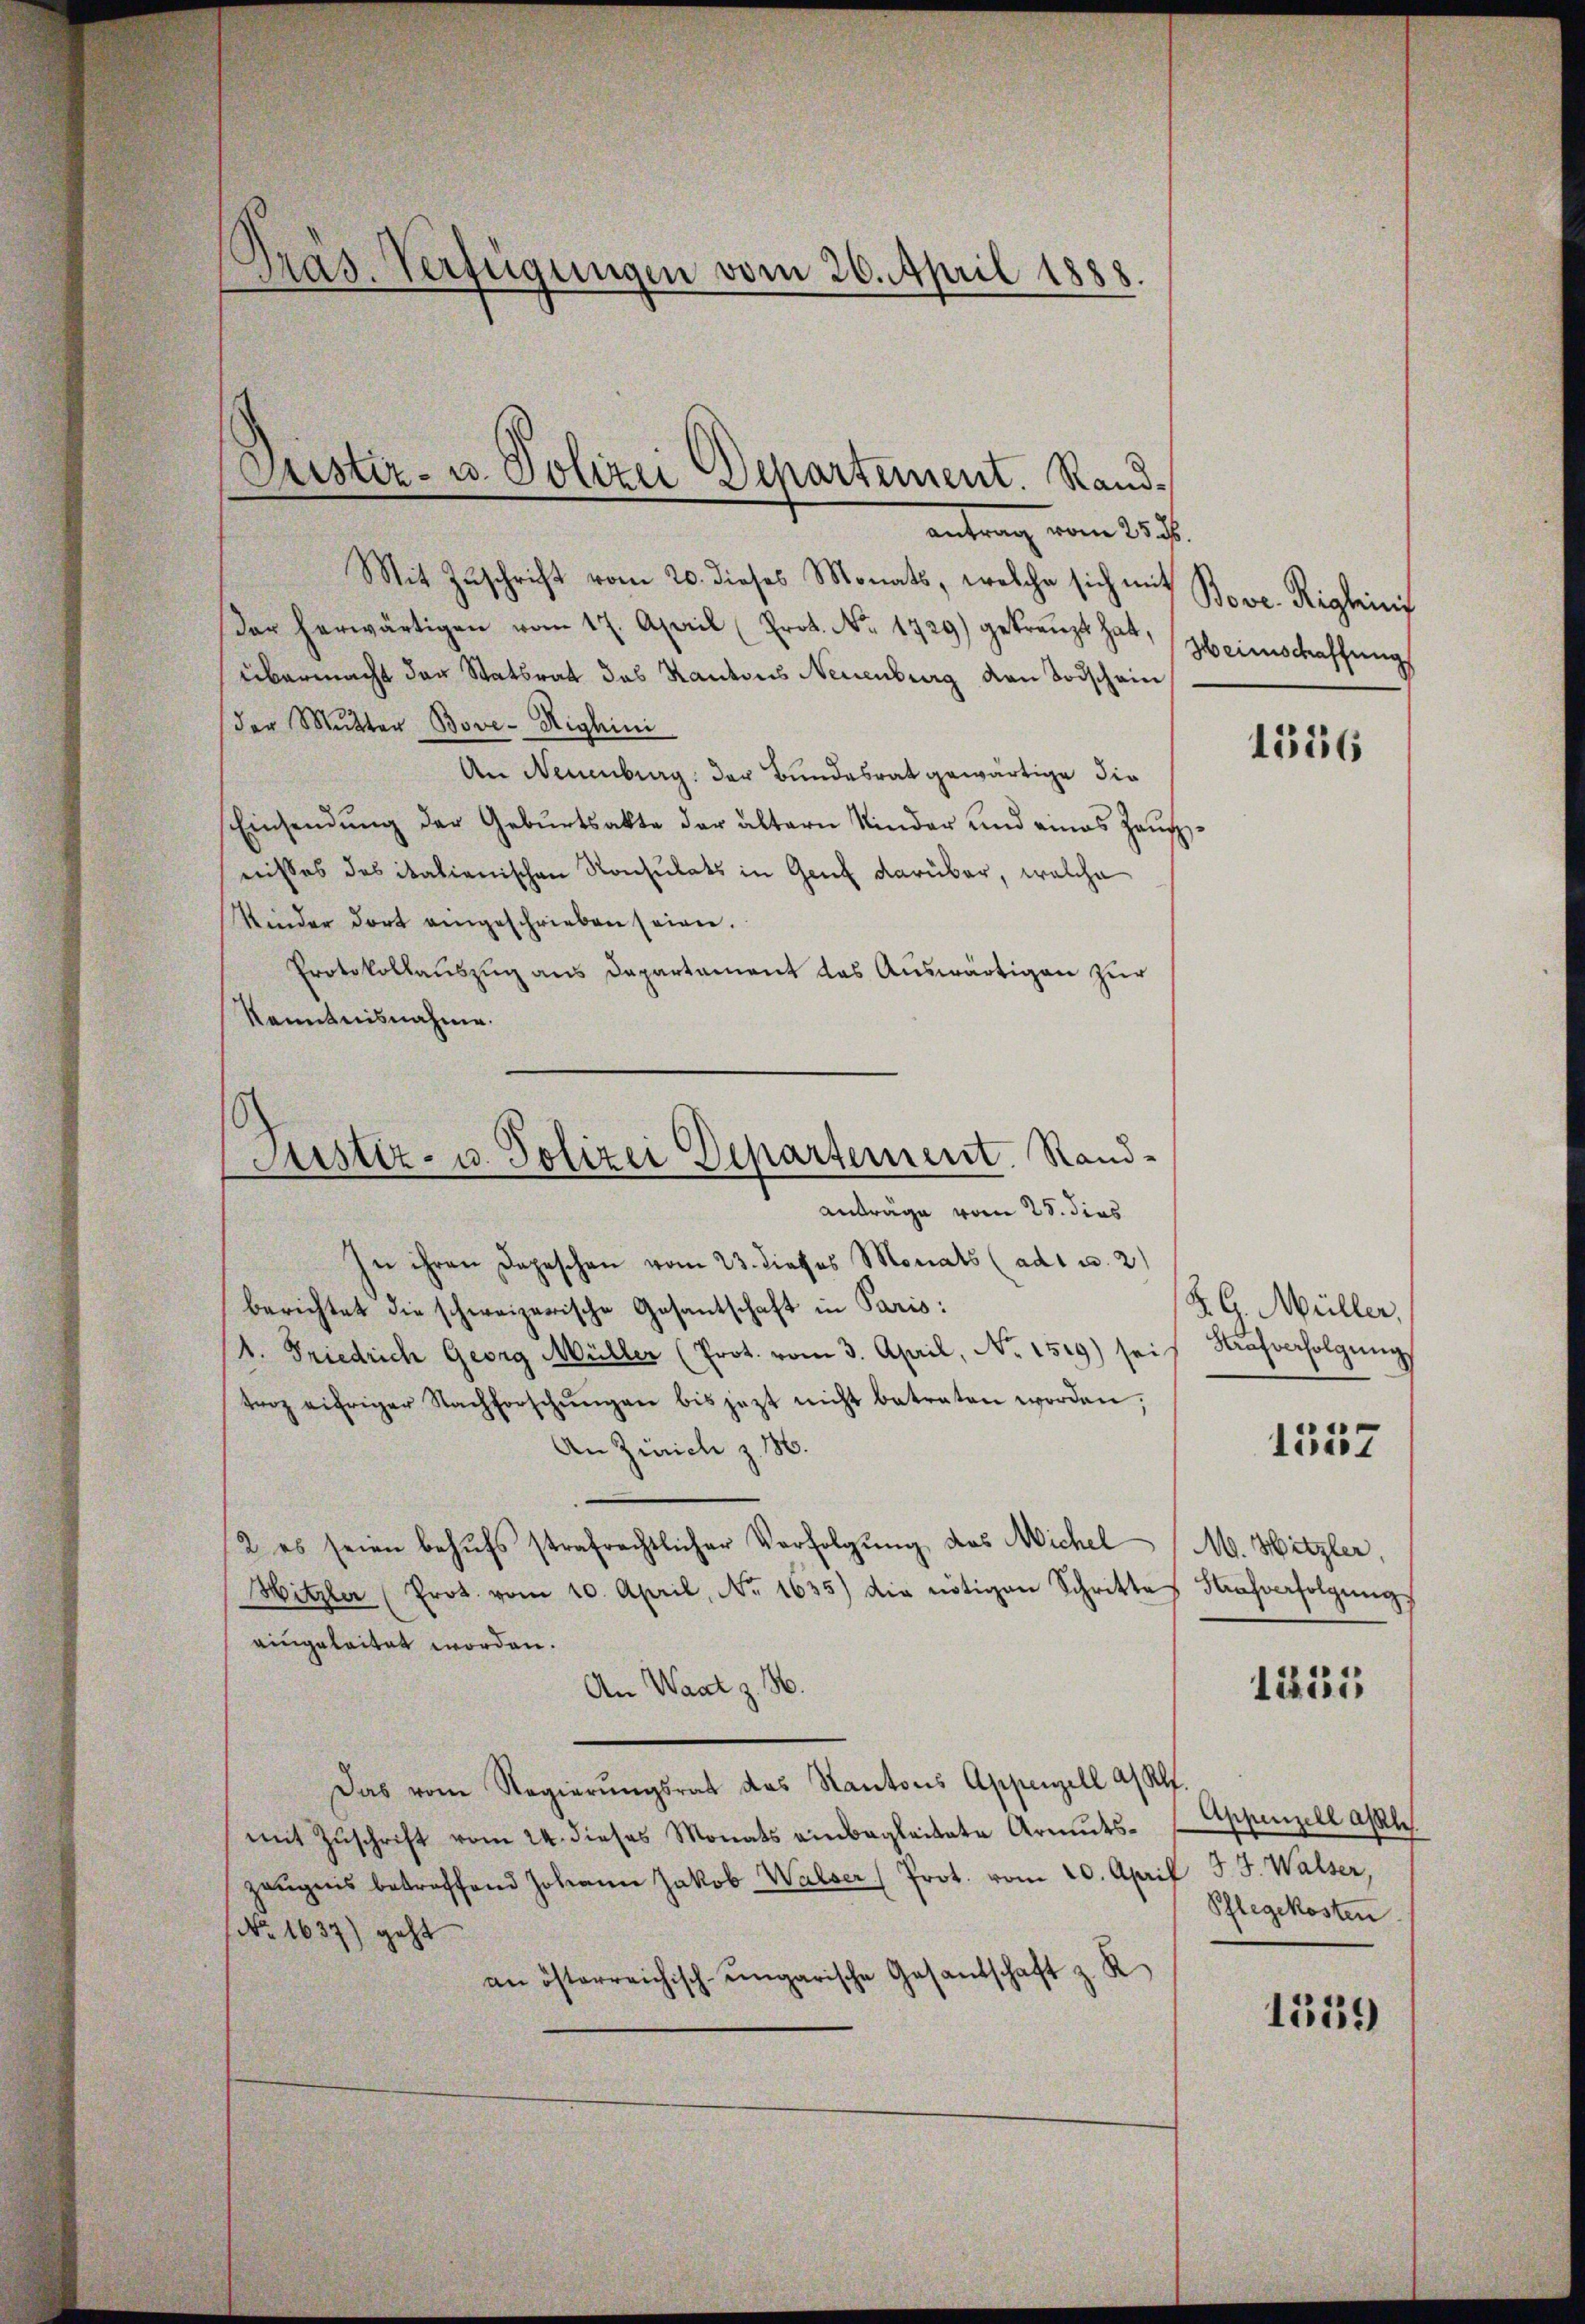
Pras. Verfügungen vom 26. April 1888.

Mit Zuschrift vom 20. dieses Monats, welche sich mit
Der herwärtigen vom 17. April (Prot. No. 1729) gekränzt hat,
übermacht der Statsrat des Kantons Neuenburg von Todschein
(der Mutter Bove-Righini
An Neuenburg: der Bundesrat gewärtige die
Einsendŭng der Gebŭrtsakte der ältern Kinder und eines Haŭp
nisses des italienischen Konsulats in Genf darüber, welche
Kinder dort eingeschrieben seien.
Protokollauszug aus Departament das Auswärtigen zur
Kenntnisnahme.
In ihren Depeschen vom 23. dieses Monats (adt u. 2
berichtet die schweizerische Gesantschaft in Paris:
A. Friedrich Georg Müller (Prot. vom 3. April, No. 1519) sei
troz eifriger Nachforschŭngen bis jezt nicht betreten worden,
An Zürich z. 186.
2 es seien behufs strafrechtlicher Verfolgung das Michel
Hitzler (Prot. vom 10. April, No. 1635) die nötigen Schrittes Hausverfolgŭngs
eingeleitet worden.
An Waat z. B.
Das vom Regierŭngsrat das Kantons Appenzell a/ Klf.
mit Zŭschrift vom 24. dieses Monats einbegleitete Armutszeŭgnis betreffend Johann Jakob Walser Prot. vom 20. April J. J. Walser,
No. 1637) geht
an österreichisch-ungarische Gesandschaft z. R

Justiz- u. Polizei Departement. Randantrag vom 25sten

Justiz- u. Polizei Departement. Rand-
Anträge vom 25. dies

Bove. Riglinis
Heimschaffung

1556

K. G. Müller,
Kaufverfolgung
1557

M. Hitzler,

1221

Appenzell aph.
Phlegekosten.

1559